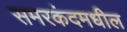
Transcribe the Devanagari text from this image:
समरकंदमधील